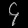
Digit: ၄